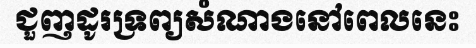
ជួញដូរទ្រព្យសំណាងនៅពេលនេះ